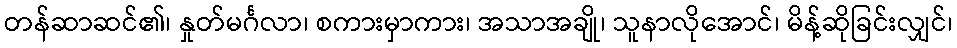
တန်ဆာဆင်၏၊ နှုတ်မင်္ဂလာ၊ စကားမှာကား၊ အသာအချို၊ သူနာလိုအောင်၊ မိန့်ဆိုခြင်းလျှင်၊